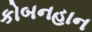
કોબનહાન